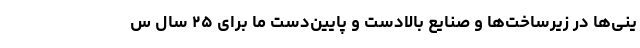
ینی‌ها در زیرساخت‌ها و صنایع بالادست و پایین‌دست ما برای ۲۵ سال س